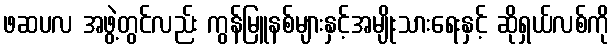
ဖဆပလ အဖွဲ့တွင်လည်း ကွန်မြူနစ်များနှင့်အမျိုးသားရေးနှင့် ဆိုရှယ်လစ်ကို